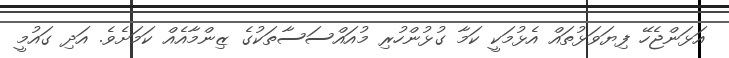
އަޅަންޖެހޭ ފިޔަވަޅުތައް އެޅުމަކީ ކަމާ ގުޅުންހުރި މުއައްސަސާތަކުގެ ޒިންމާއެއް ކަމަށެވެ. އަދި ގައުމީ